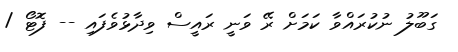
ގަބޫލު ނުކުރައްވާ ކަމަށް ރޭ ވަނީ ރައީސް ވިދާޅުވެފައި -- ފޮޓޯ /